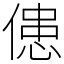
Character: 𠌼